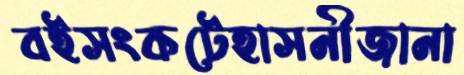
বইসংকটেহাসনীজানা